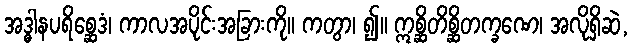
အဒ္ဓါနပရိစ္ဆေဒံ၊ ကာလအပိုင်းအခြားကို။ ကတွာ၊ ၍။ ဣစ္ဆိတိစ္ဆိတက္ခဏေ၊ အလိုရှိဆဲ,